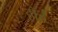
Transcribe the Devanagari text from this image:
हॉर्ड